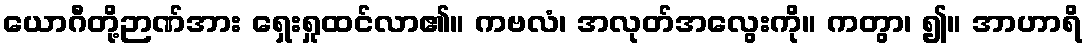
ယောဂီတို့ဉာဏ်အား ရှေးရှုထင်လာ၏။ ကဗလံ၊ အလုတ်အလွေးကို။ ကတွာ၊ ၍။ အာဟာရိ